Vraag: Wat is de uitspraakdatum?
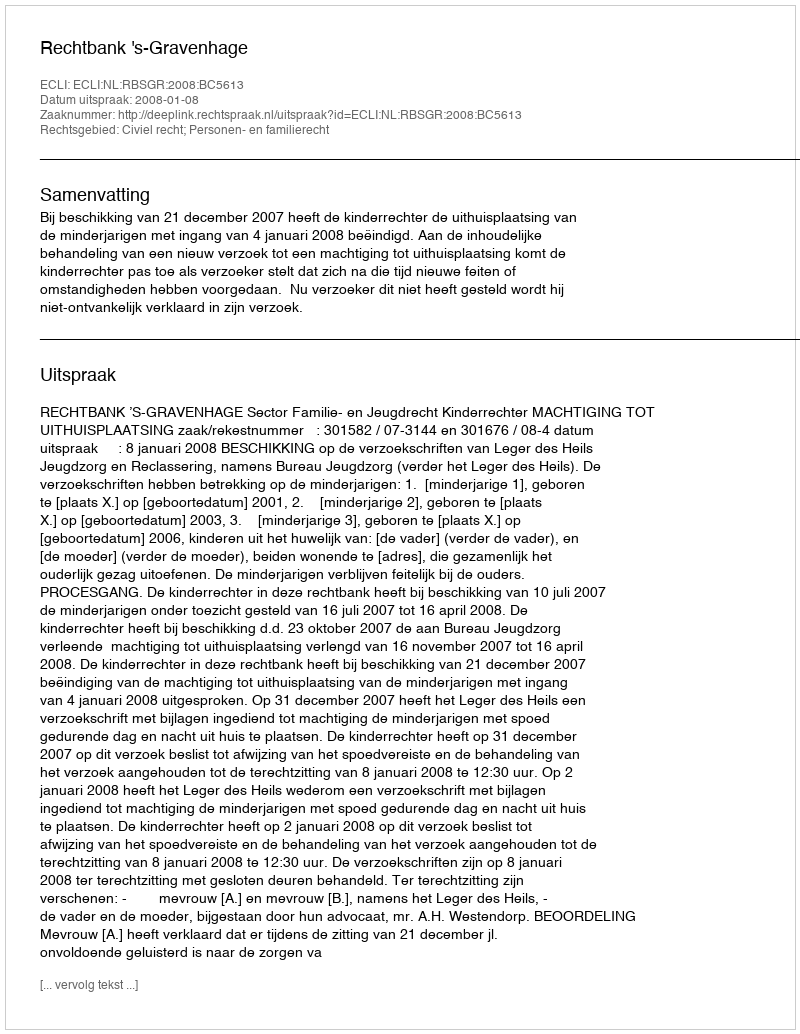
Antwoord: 2008-01-08